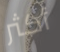
أكثر